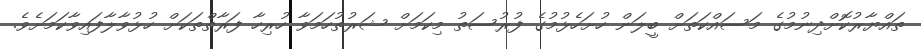
ތައްޔާރުކޮށްދިނުމުގެ މަސައްކަތަށް ބީލަން ހުށަހެޅުމުގެ ފުރުސަތު މިކަމަށް ޝަރުތުހަމަވާ ހުރިހާ ފަރާތްތަކަށް ހުޅުވާލާފައިވާކަމަށެވެ.